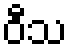
ဝီသ